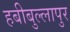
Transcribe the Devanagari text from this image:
हबीबुल्लापुर